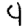
Digit: 4